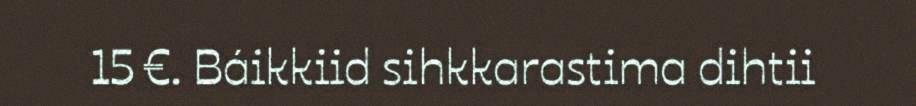
15 €. Báikkiid sihkkarastima dihtii